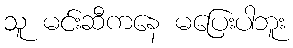
သူ မင်းဆီကနေ မပြေးပါဘူး